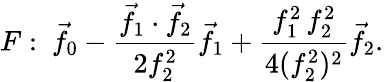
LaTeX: F:\ {\vec{f}}_{0}-{\frac{{\vec{f}}_{1}\cdot{\vec{f}}_{2}}{2f_{2}^{2}}}{\vec{f}}_{1}+{\frac{f_{1}^{2}\, f_{2}^{2}}{4(f_{2}^{2})^{2}}}{\vec{f}}_{2}.